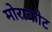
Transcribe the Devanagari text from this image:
मोराकोट